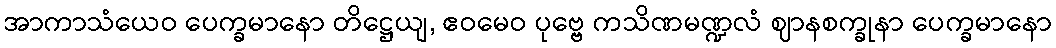
အာကာသံယေဝ ပေက္ခမာနော တိဋ္ဌေယျ, ဧဝမေဝ ပုဗ္ဗေ ကသိဏမဏ္ဍလံ ဈာနစက္ခုနာ ပေက္ခမာနော